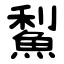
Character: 䱘